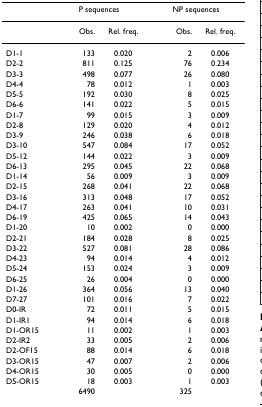
<table><thead><tr><td></td><td colspan="2"><b>P sequences</b></td><td colspan="2"><b>NP sequences</b></td></tr></thead><tbody><tr><td></td><td>Obs.</td><td>Rel. freq.</td><td>Obs.</td><td>Rel. freq.</td></tr><tr><td>D1-1</td><td>133</td><td>0.020</td><td>2</td><td>0.006</td></tr><tr><td>D2-2</td><td>811</td><td>0.125</td><td>76</td><td>0.234</td></tr><tr><td>D3-3</td><td>498</td><td>0.077</td><td>26</td><td>0.080</td></tr><tr><td>D4-4</td><td>78</td><td>0.012</td><td>1</td><td>0.003</td></tr><tr><td>D5-5</td><td>192</td><td>0.030</td><td>8</td><td>0.025</td></tr><tr><td>D6-6</td><td>141</td><td>0.022</td><td>5</td><td>0.015</td></tr><tr><td>D1-7</td><td>99</td><td>0.015</td><td>3</td><td>0.009</td></tr><tr><td>D2-8</td><td>129</td><td>0.020</td><td>4</td><td>0.012</td></tr><tr><td>D3-9</td><td>246</td><td>0.038</td><td>6</td><td>0.018</td></tr><tr><td>D3-10</td><td>547</td><td>0.084</td><td>17</td><td>0.052</td></tr><tr><td>D5-12</td><td>144</td><td>0.022</td><td>3</td><td>0.009</td></tr><tr><td>D6-13</td><td>295</td><td>0.045</td><td>22</td><td>0.068</td></tr><tr><td>D1-14</td><td>56</td><td>0.009</td><td>3</td><td>0.009</td></tr><tr><td>D2-15</td><td>268</td><td>0.041</td><td>22</td><td>0.068</td></tr><tr><td>D3-16</td><td>313</td><td>0.048</td><td>17</td><td>0.052</td></tr><tr><td>D4-17</td><td>263</td><td>0.041</td><td>10</td><td>0.031</td></tr><tr><td>D6-19</td><td>425</td><td>0.065</td><td>14</td><td>0.043</td></tr><tr><td>D1-20</td><td>10</td><td>0.002</td><td>0</td><td>0.000</td></tr><tr><td>D2-21</td><td>184</td><td>0.028</td><td>8</td><td>0.025</td></tr><tr><td>D3-22</td><td>527</td><td>0.081</td><td>28</td><td>0.086</td></tr><tr><td>D4-23</td><td>94</td><td>0.014</td><td>4</td><td>0.012</td></tr><tr><td>D5-24</td><td>153</td><td>0.024</td><td>3</td><td>0.009</td></tr><tr><td>D6-25</td><td>26</td><td>0.004</td><td>0</td><td>0.000</td></tr><tr><td>D1-26</td><td>364</td><td>0.056</td><td>13</td><td>0.040</td></tr><tr><td>D7-27</td><td>101</td><td>0.016</td><td>7</td><td>0.022</td></tr><tr><td>D0-IR</td><td>72</td><td>0.011</td><td>5</td><td>0.015</td></tr><tr><td>D1-IR1</td><td>94</td><td>0.014</td><td>6</td><td>0.018</td></tr><tr><td>D1-OR15</td><td>11</td><td>0.002</td><td>1</td><td>0.003</td></tr><tr><td>D2-IR2</td><td>33</td><td>0.005</td><td>2</td><td>0.006</td></tr><tr><td>D2-OF15</td><td>88</td><td>0.014</td><td>6</td><td>0.018</td></tr><tr><td>D3-OR15</td><td>47</td><td>0.007</td><td>2</td><td>0.006</td></tr><tr><td>D4-OR15</td><td>30</td><td>0.005</td><td>0</td><td>0.000</td></tr><tr><td>D5-OR15</td><td>18</td><td>0.003</td><td>1</td><td>0.003</td></tr><tr><td></td><td>6490</td><td></td><td>325</td><td></td></tr></tbody></table>